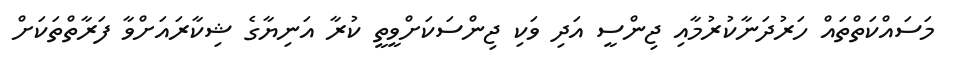
މަސައްކަތްތައް ހަރުދަނާކުރުމާއި ޖިންސީ އަދި ވަކި ޖިންސަކަށްވީތީ ކުރާ އަނިޔާގެ ޝިކާރައަށްވާ ފަރާތްތަކަށް